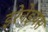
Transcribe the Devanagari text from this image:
इरेनेइयस